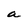
Character: a